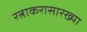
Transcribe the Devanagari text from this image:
रत्नाकरासारख्या